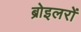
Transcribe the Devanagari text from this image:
ब्रोइलरों